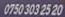
0750 3032520